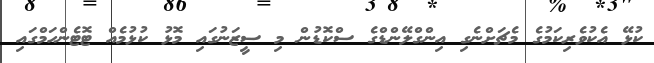
ކުޅޭ އެކުވެރިކަމުގެ މެޗަށްނެގި އިންގްލޭންޑްގެ ސްކޮޑުން މި ސީޒަނުގައި މޮޅު ކުޅުމެއް ޓޮޓެންހަމްގައި